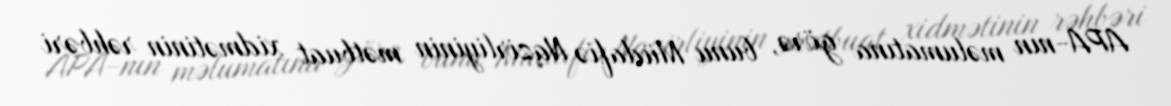
APA-nın məlumatına görə, bunu Müdafiə Nazirliyinin mətbuat xidmətinin rəhbəri